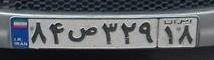
۸۴ص۳۲۹۱۸